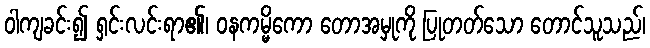
ဝါကျခင်း၍ ရှင်းလင်းရာ၏၊ ဝနကမ္မိကော တောအမှုကို ပြုတတ်သော တောင်သူသည်၊